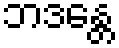
ဘဒန္တေ